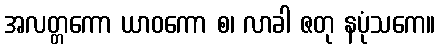
အလတ္တကော ယာဝကော စ၊ လာခါ ဇတု နပုံသကေ။